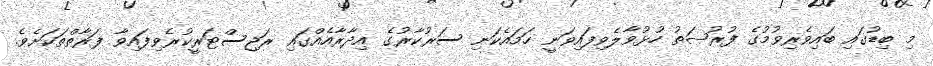
މި ބިޑުގައި ބައިވެރިވުމުގެ ފުރުޞަތު ހުޅުވާލެވިފައިވަނީ ހަމައެކަނި ސަރުކާރުގެ އިދާރާއެއްގައި ރަޖިސްޓަރީކުރެވިފައިވާ ފަރާތްތަކަށެވެ.